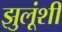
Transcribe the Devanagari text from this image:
झुलूंशी